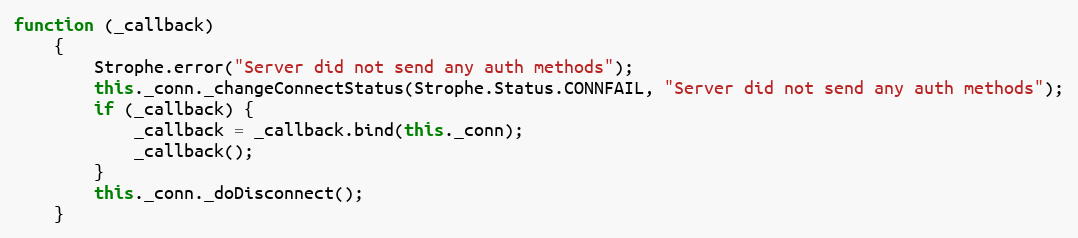
Language: JavaScript
function (_callback)
    {
        Strophe.error("Server did not send any auth methods");
        this._conn._changeConnectStatus(Strophe.Status.CONNFAIL, "Server did not send any auth methods");
        if (_callback) {
            _callback = _callback.bind(this._conn);
            _callback();
        }
        this._conn._doDisconnect();
    }